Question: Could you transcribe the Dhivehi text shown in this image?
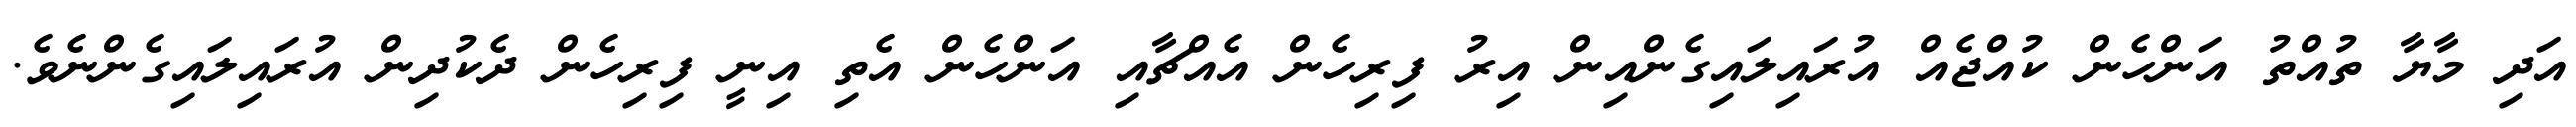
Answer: އަދި މާޔާ ތުއްތު އަންހެން ކުއްޖެއް އުރައިލައިގެންއިން އިރު ފިރިހެން އެއްޗާއި އަންހެން އެތި އިނީ ފިރިހެން ދެކުދިން އުރައިލައިގެންނެވެ.